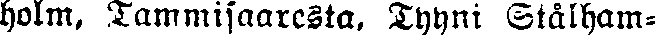
holm, Tammisaaresta. Tyyni Stålham-